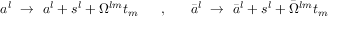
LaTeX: a ^ { l } ~ \rightarrow ~ a ^ { l } + s ^ { l } + \Omega ^ { l m } t _ { m } ~ ~ ~ ~ ~ , ~ ~ ~ ~ ~ \bar { a } ^ { l } ~ \rightarrow ~ \bar { a } ^ { l } + s ^ { l } + \bar { \Omega } ^ { l m } t _ { m }